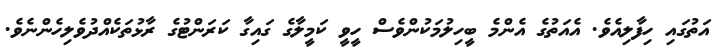
އަތުގައި ހިފާލިއެވެ. އެއަތުގެ އެންމެ ބީހިލުމަކުންވެސް ހީވީ ކަމީލާގެ ގައިގާ ކަރަންޓުގެ ރާޅުތަކެއްދުވެލިހެންނެވެ.